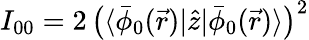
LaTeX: I_{00}=2\, \big(\langle\bar{\phi}_{0}(\vec{r})|\hat{z}|\bar{\phi}_{0}(\vec{r})\rangle\big)^{2}